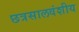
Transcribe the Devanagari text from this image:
छत्रसालवंशीय